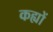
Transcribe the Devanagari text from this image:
कह्यों